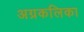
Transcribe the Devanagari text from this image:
अग्रकलिका